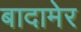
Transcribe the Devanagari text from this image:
बादामेर